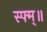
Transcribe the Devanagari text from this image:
स्फ्म्॥